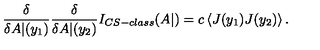
\frac { \delta } { \delta A | ( y _ { 1 } ) } \frac { \delta } { \delta A | ( y _ { 2 } ) } I _ { C S - c l a s s } ( A | ) = c \left< J ( y _ { 1 } ) J ( y _ { 2 } ) \right> .